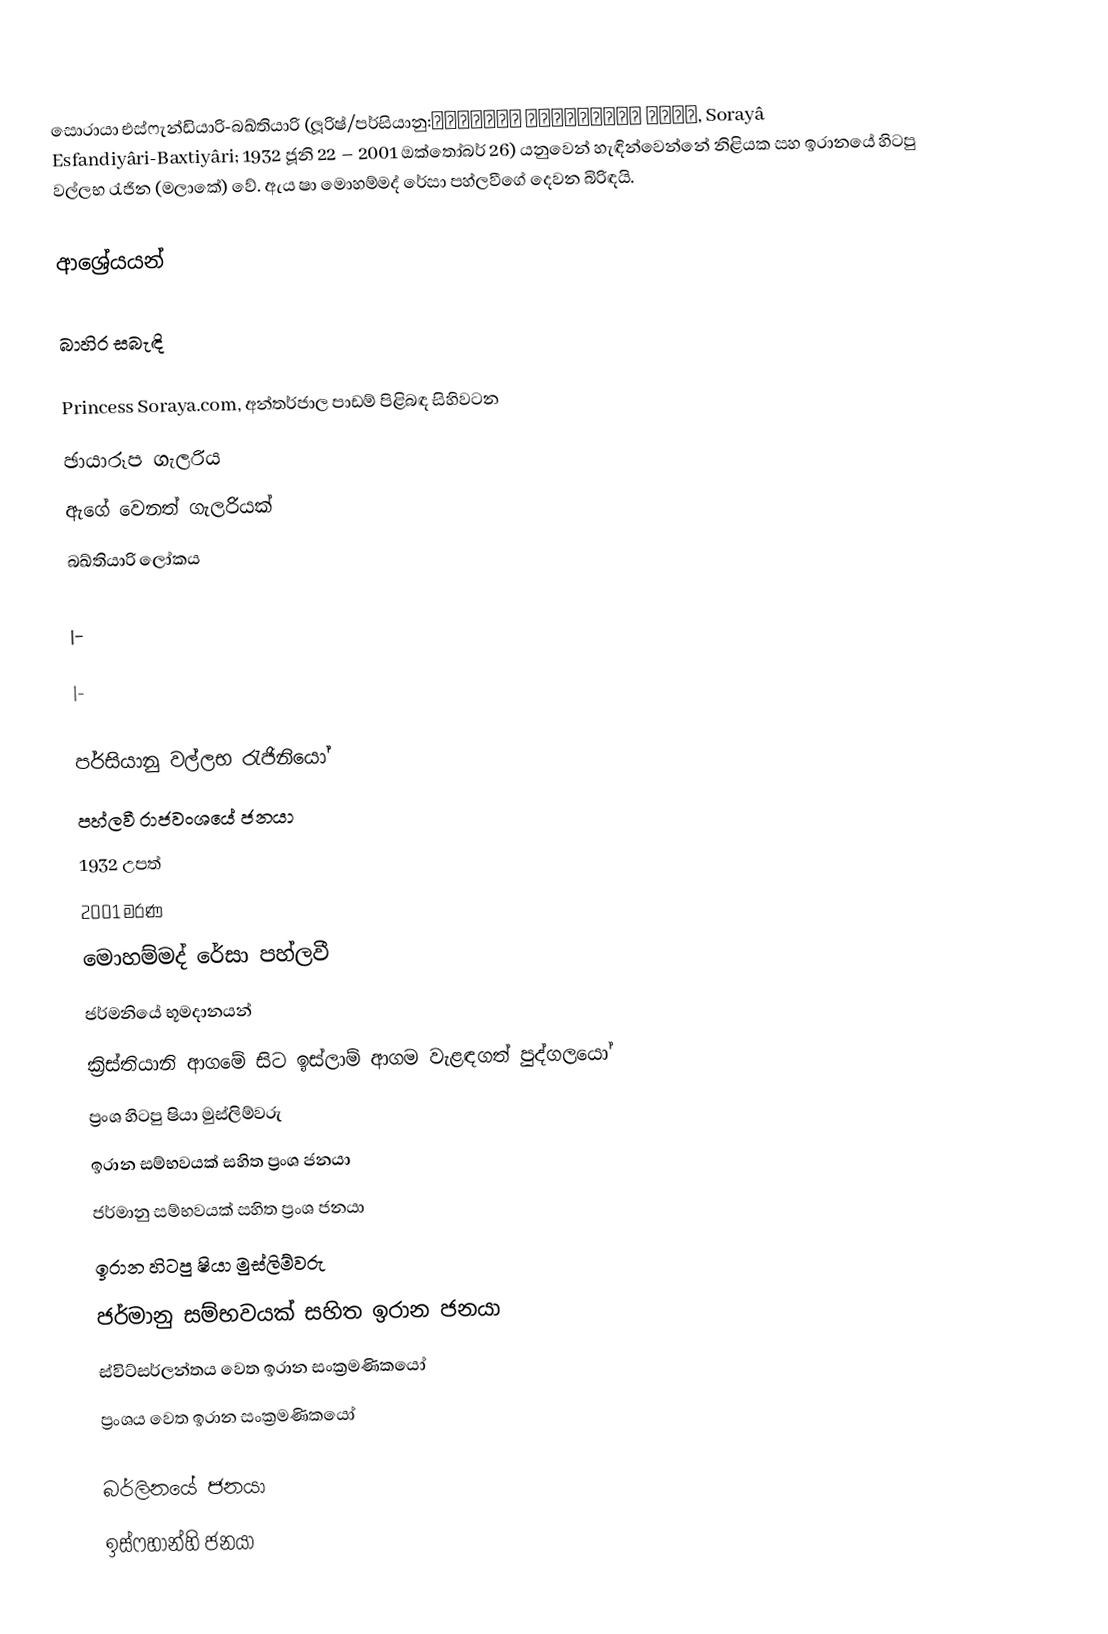
සොරායා එස්ෆැන්ඩියාරි-බඛ්තියාරි (ලූරිෂ්/පර්සියානු:ثریا اسفندیاری بختیاری, Sorayâ Esfandiyâri-Baxtiyâri; 1932 ජූනි 22 – 2001 ඔක්තෝබර් 26) යනුවෙන් හැඳින්වෙන්නේ නිළියක සහ ඉරානයේ හිටපු වල්ලභ රැජින (මලාකේ) වේ. ඇය ෂා මොහම්මද් රේසා පහ්ලවීගේ දෙවන බිරිඳයි.

ආශ්‍රේයයන්

බාහිර සබැඳි

Princess Soraya.com, අන්තර්ජාල පාඩම් පිළිබඳ සිහිවටන
ඡායාරූප ගැලරිය
ඇගේ වෙනත් ගැලරියක්
බඛ්තියාරි ලෝකය

|-

|-

පර්සියානු වල්ලභ රැජිනියෝ
පහ්ලවී රාජවංශයේ ජනයා
1932 උපත්
2001 මරණ
මොහම්මද් රේසා පහ්ලවී
ජර්මනියේ භූමදානයන්
ක්‍රිස්තියානි ආගමේ සිට ඉස්ලාම් ආගම වැළඳගත් පුද්ගලයෝ
ප්‍රංශ හිටපු ෂියා මුස්ලිම්වරු
ඉරාන සම්භවයක් සහිත ප්‍රංශ ජනයා
ජර්මානු සම්භවයක් සහිත ප්‍රංශ ජනයා
ඉරාන හිටපු ෂියා මුස්ලිම්වරු
ජර්මානු සම්භවයක් සහිත ඉරාන ජනයා
ස්විට්සර්ලන්තය වෙත ඉරාන සංක්‍රමණිකයෝ
ප්‍රංශය වෙත ඉරාන සංක්‍රමණිකයෝ

බර්ලිනයේ ජනයා
ඉස්ෆහාන්හි ජනයා